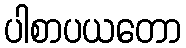
ပါစာပယတော